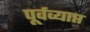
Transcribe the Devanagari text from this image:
पूर्वव्याप्त